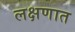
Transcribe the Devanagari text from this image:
लक्षणात